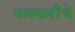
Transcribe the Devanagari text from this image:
भावकवींचे